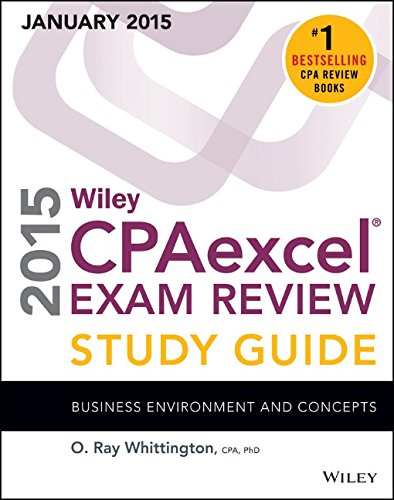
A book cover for Wiley CPAexcel Exam Review 2015 Study Guide (January): Business Environment and Concepts (Wiley Cpa Exam Review); O. Ray Whittington; Test Preparation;